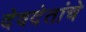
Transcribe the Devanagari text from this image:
देवदेतांचे